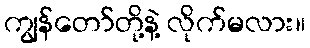
ကျွန်တော်တို့နဲ့ လိုက်မလား။